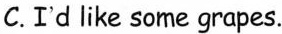
C.I'd like some grapes.